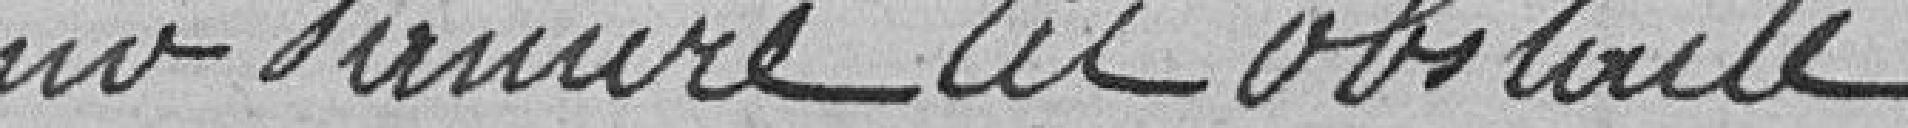
pour vaincre ou obs??